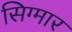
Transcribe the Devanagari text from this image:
सिग्मार